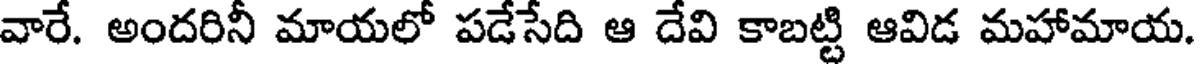
వారే. అందరినీ మాయలో పడేసేది ఆ దేవి కాబట్టి ఆవిడ మహామాయ.